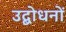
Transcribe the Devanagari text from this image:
उद्बोधनों